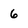
Character: 6